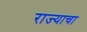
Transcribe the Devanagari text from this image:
राज्‍याचा